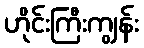
ဟိုင်းကြီးကျွန်း